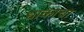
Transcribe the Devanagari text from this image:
धाकाचा